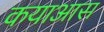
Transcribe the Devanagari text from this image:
कयाआस